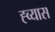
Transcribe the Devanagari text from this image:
ह्व्यास